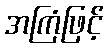
အကြံဖြင့်